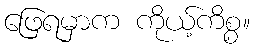
ဖြေရမှာက ကိုယ့်ကိစ္စ။